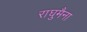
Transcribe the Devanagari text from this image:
राघुमैना